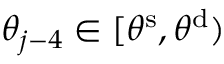
\theta _ { j - 4 } \in [ \theta ^ { \mathrm { s } } , \theta ^ { \mathrm { d } } )